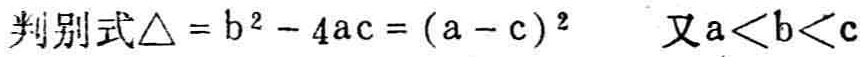
判别式\(\triangle = b^{2} - 4ac = (a - c)^{2}\)  又\(a<b<c\)